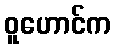
ဝူဟောင်က